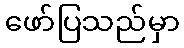
ဖော်ပြသည်မှာ